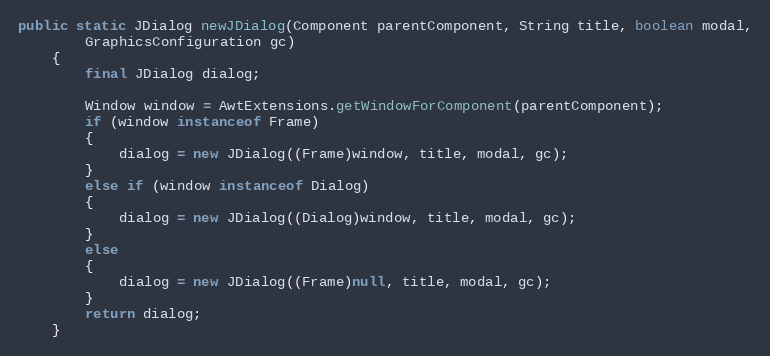
Language: Java
public static JDialog newJDialog(Component parentComponent, String title, boolean modal,
		GraphicsConfiguration gc)
	{
		final JDialog dialog;

		Window window = AwtExtensions.getWindowForComponent(parentComponent);
		if (window instanceof Frame)
		{
			dialog = new JDialog((Frame)window, title, modal, gc);
		}
		else if (window instanceof Dialog)
		{
			dialog = new JDialog((Dialog)window, title, modal, gc);
		}
		else
		{
			dialog = new JDialog((Frame)null, title, modal, gc);
		}
		return dialog;
	}